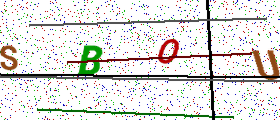
Text: SBOU